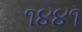
૧૪૪૧